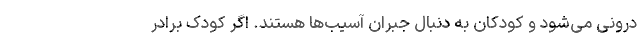
درونی می‌شود و کودکان به دنبال جبران آسیب‌ها هستند. اگر کودک برادر